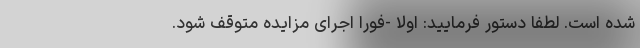
شده است. لطفاً دستور فرمایید: اولاً -فوراً اجرای مزایده متوقف شود.